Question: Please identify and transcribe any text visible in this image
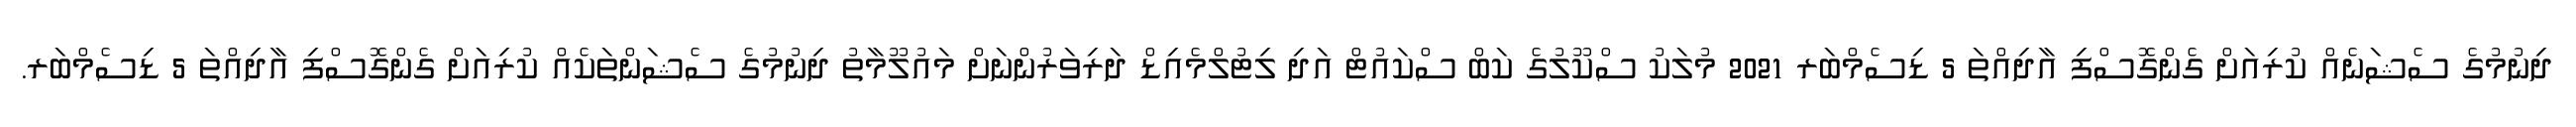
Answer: ދިނުމުގެ ސެޝަނެއް ކުރިއަށް ގެންގޮސްފި އާދިއްތަ 5 ޑިސެމްބަރ 2021 މުލަކު ސްކޫލުގެ ކަބް ސްކައުޓް އަދި ލިޓުލްމެއިޑް ދަރިވަރުންނަށް މައުލޫމާތު ދިނުމުގެ ސެޝަންތަކެއް ކުރިއަށް ގެންގޮސްފި އާދިއްތަ 5 ޑިސެމްބަރ.